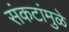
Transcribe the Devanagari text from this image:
संकटांमुळे